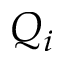
Q _ { i }